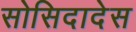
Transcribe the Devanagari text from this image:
सोसिदादेस